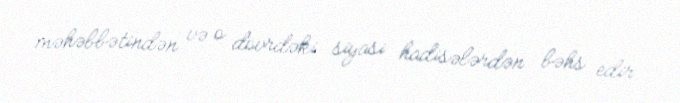
məhəbbətindən və o dövrdəki siyasi hadisələrdən bəhs edir.